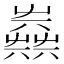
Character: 𡴪